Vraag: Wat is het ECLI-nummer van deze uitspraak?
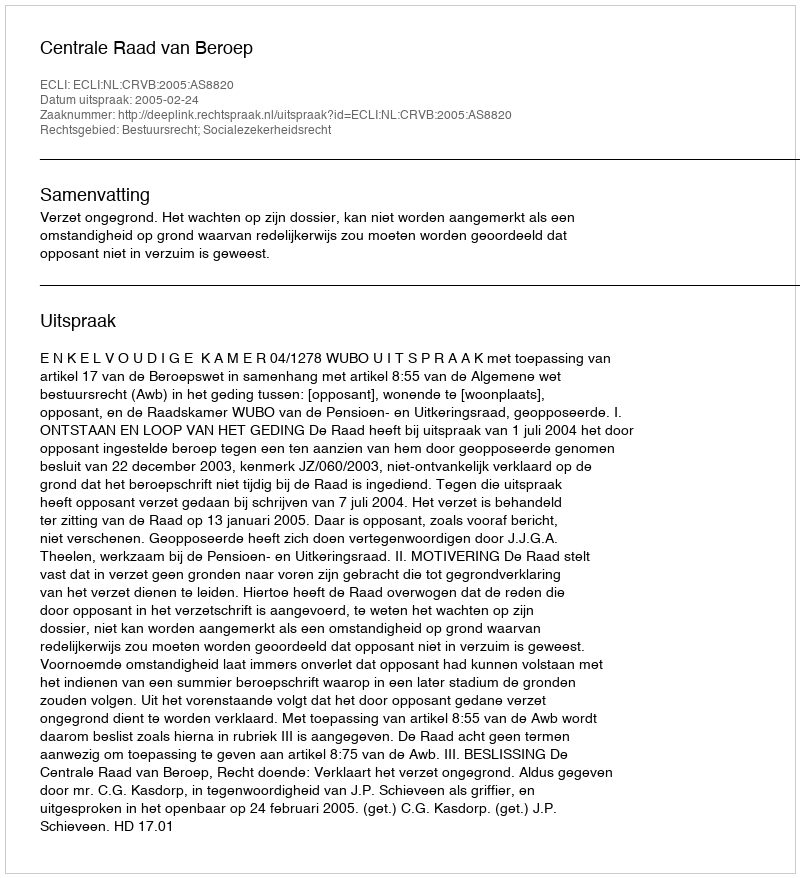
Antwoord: ECLI:NL:CRVB:2005:AS8820